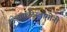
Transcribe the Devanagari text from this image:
आफळेस्वामींनी